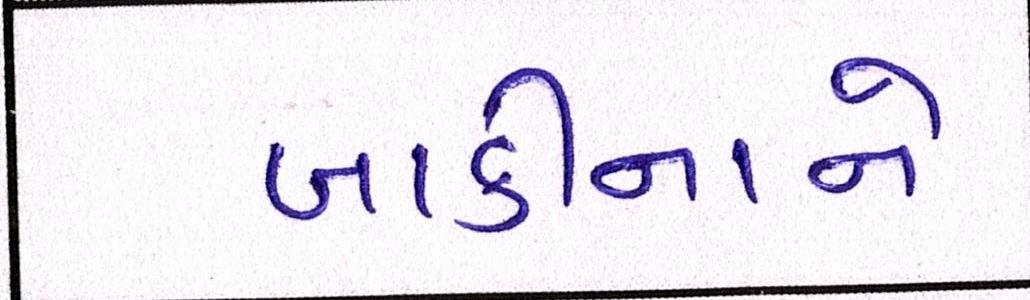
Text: બાકીનાને